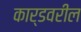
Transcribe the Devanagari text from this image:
कार्डवरील